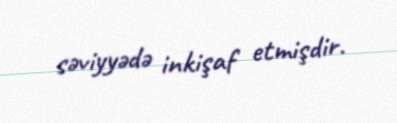
səviyyədə inkişaf etmişdir.